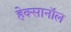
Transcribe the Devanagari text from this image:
हेक्सानॉल